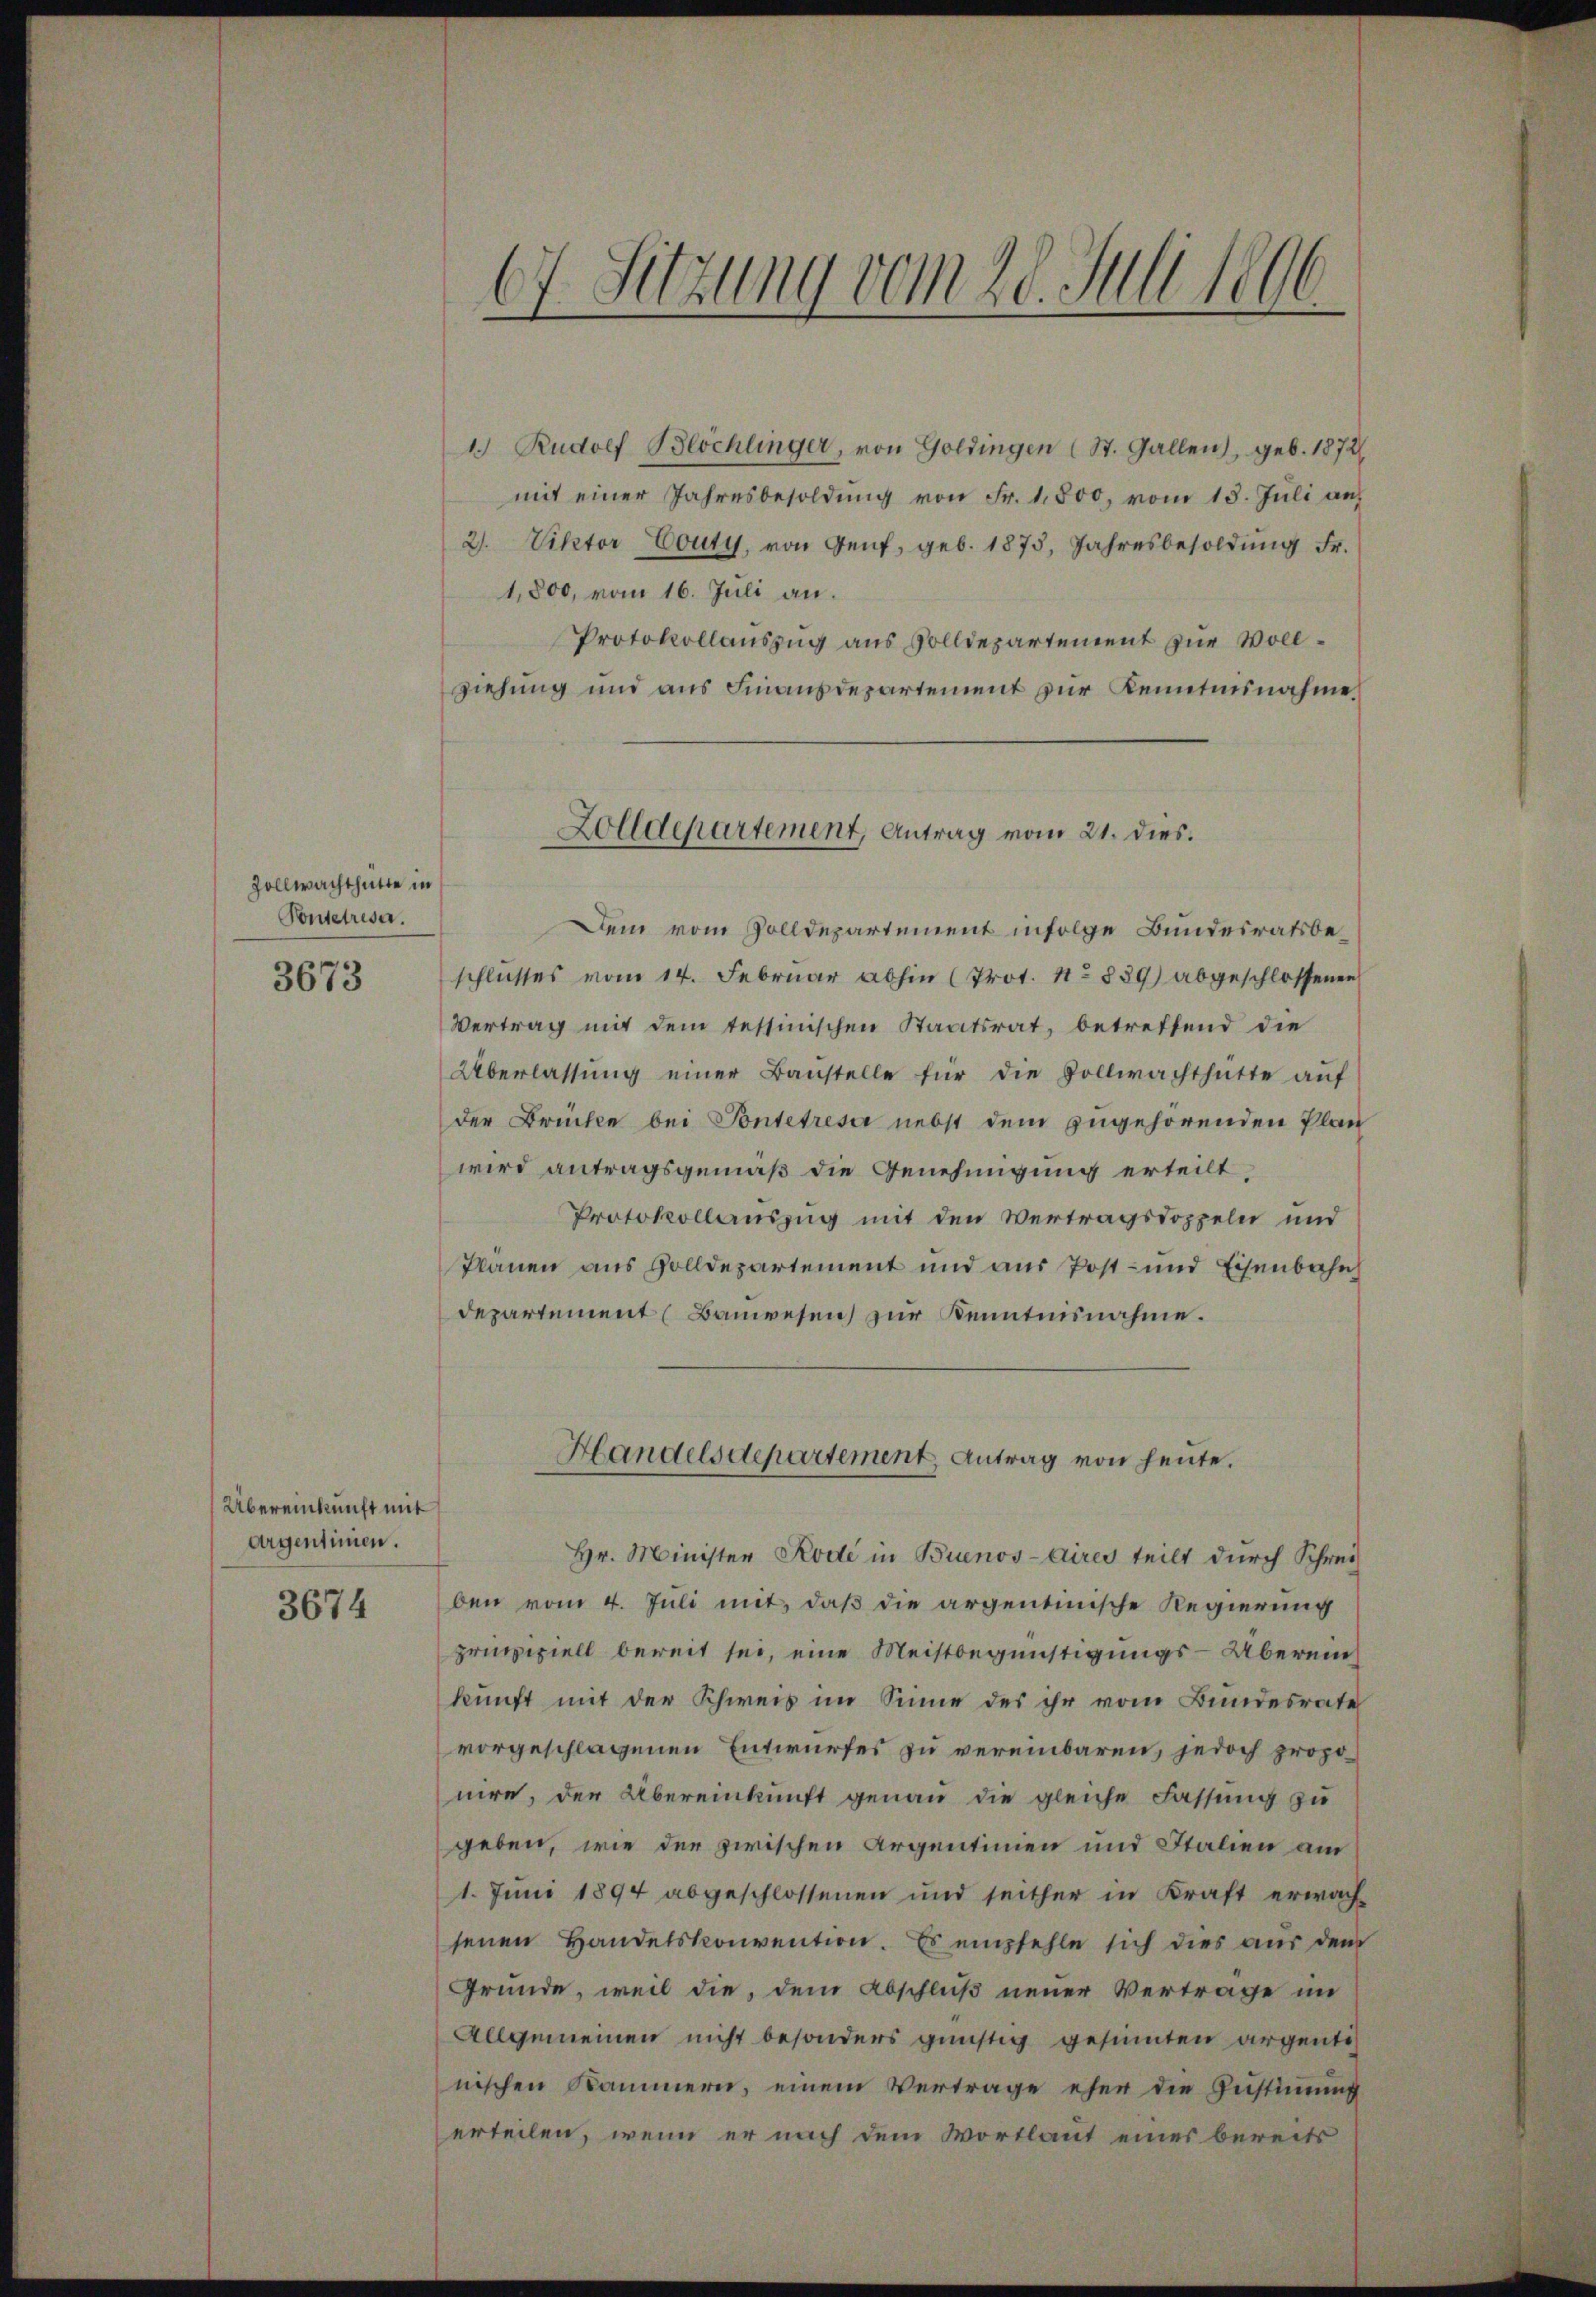
Zollwachthütte in
Pontetrisa.

3673

Übereinkunft mit
Argentimen.

3674

1.) Rudolf Blöchlinger, von Goldingen (St. Gallen, geb. 1872/
mit einer Jahresbesoldŭng von Fr. 1,800, vom 13. Jŭli auf
2. Viktor Couty, von Genf, geb. 1875, Jahresbesoldŭng Fr.
1,800, vom 16. Juli an.
Protokollauszug aus Volldepartement zur Vollziehung und aus Finanzdepartement zur Kenntnisnahme.
Dem vom Zolldepartement infolge Bundesratsbeschlusses vom 14. Februar abhin (Prot. No 839) abgeschlossenen
Vertrag mit dem tessinischen Staatsrat, betreffend die
Überlassŭng einer Baustelle für die Vollwachthütte aŭf
der Brücke bei Pontetresa nebst dem zugehörenden Plan
wird antragsgemäß die Genehmigung erteilt,
Protokollauszug mit den Vertragsdoppeln und
Tränen aus Zolldepartement und aus Post- und Eisenbahnh
departement (Bauwesen zur Kenntnisnahme.
Handelsdepartement, Antrag von heute.
Hr. Minister Kode in Buenos-Aires teilt durch Schrei
ben vom 4. Juli mit, daß die argentinische Regierung
prinziell bereit sei, eine Meistbegünstigungs-Überein
kunft mit der Schweis im Sinne des ihr vom Bundesrate
vorgeschlagenen Entwurfes zu vereinbaren, jedoch proponire, der Übereinkunft genau die gleiche Fassung zu
geben, wie der zwischen Argentinien und Italien am
1. Juni 1894 abgeschlossenen und seither in Kraft erwach-
senen Handelskonvention. Es empfehle sich dies aus dem
Gründe, weil die, dem Abschluß neuer Vertrage im
Allgemeinen nicht besonders günstig gesinnten argente
nischen Kammern, einem Vertrage eher die Zustimmung
erteilen, wenn er nach dem Wortlaut eines bereits

67. Sitzung vom 28. Juli 1806.

Zolldepartement, Antrag vom 21. dies.